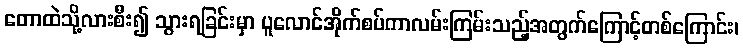
တောထဲသို့လားစီး၍ သွားရခြင်းမှာ ပူလောင်အိုက်စပ်ကာလမ်းကြမ်းသည့်အတွက်ကြောင့်တစ်ကြောင်း၊